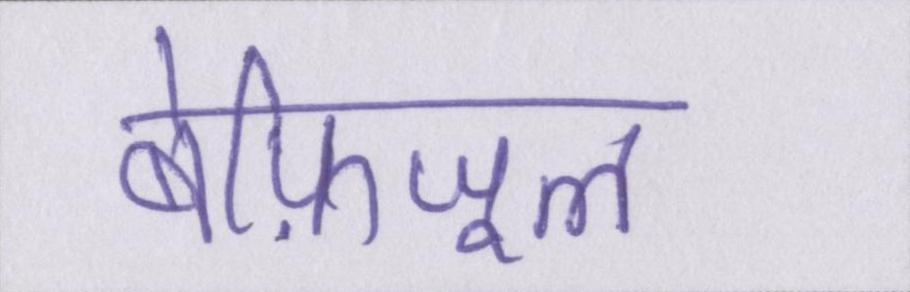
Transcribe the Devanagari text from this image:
बेफ़िजूल